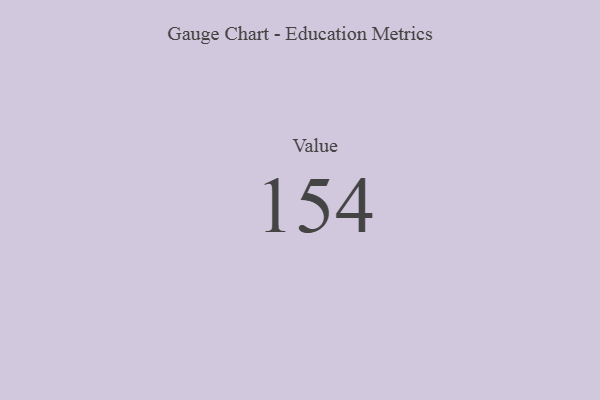
{"axis": {"x": "Metric", "y": "Value"}, "legend": [""], "data": [{"x": "Value", "y": 154, "type": ""}]}